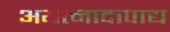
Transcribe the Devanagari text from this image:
अयत्नादापाद्य